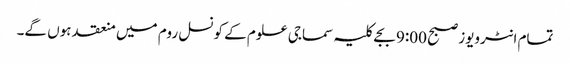
تمام انٹرویوز صبح 9:00 بجے کلیہ سماجی علوم کے کونسل روم میں منعقد ہوں گے۔